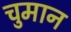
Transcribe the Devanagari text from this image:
चुमान